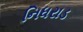
નિધરાડ